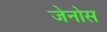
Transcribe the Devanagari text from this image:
जेनोस